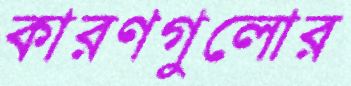
কারণগুলোর